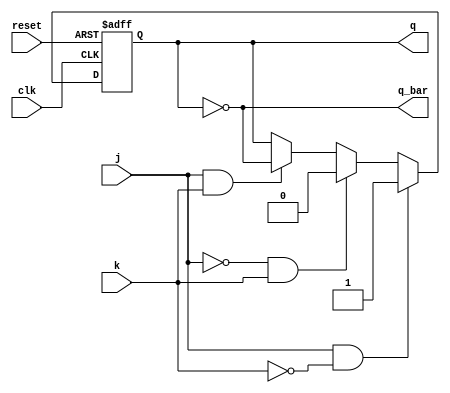
// This program was cloned from: https://github.com/Aryavardhan37/Verilog_codes
// License: MIT License

module jk_flip_flop (
  input wire clk,
  input wire j,
  input wire k,
  input wire reset,
  output reg q,
  output reg q_bar
);

  always @(posedge clk or posedge reset) begin
    if (reset)
      q <= 1'b0;
    else if (j && ~k)
      q <= 1'b1;
    else if (~j && k)
      q <= 1'b0;
    else if (j && k)
      q <= ~q;
  end

  always @(q) begin
    q_bar <= ~q;
  end

endmodule